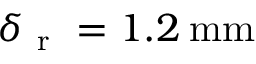
\delta _ { \mathrm { ~ r ~ } } = 1 . 2 \: \mathrm { m m }